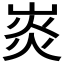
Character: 𤈹